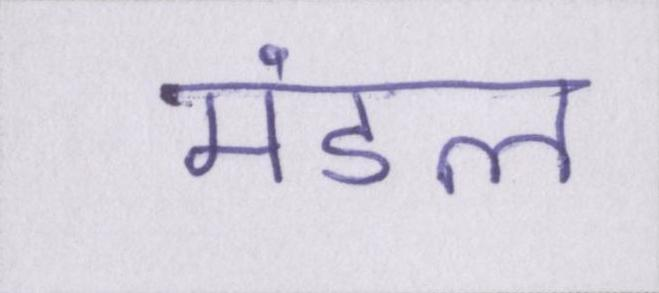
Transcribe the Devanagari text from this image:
मंडल